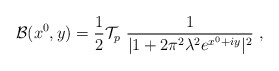
\begin{align*}{\cal B}(x^0,y) = {1\over 2}{\cal T}_p~{1\over |1+ 2\pi^2\lambda^2 e^{x^0+iy}|^2}~,\end{align*}